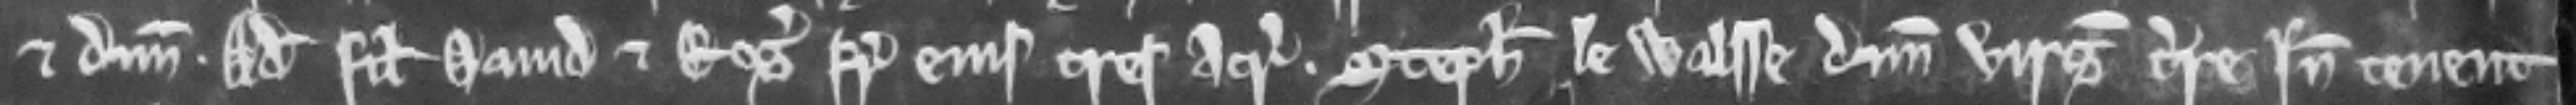
et dimidiam. Adam filius David et Rogerus frater ejus tres acras Stephanus le Walsse dimidiam virgatam terre inde tenent.